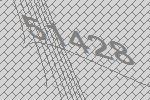
51428